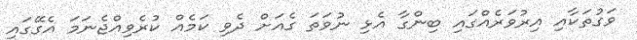
ވަގުތަކާއި އިރުވަރެއްގައި ބިންގާ އެޅި ނުވަތަ ގެއަށް ދެވި ކަމެއް ކުރެވިއްޖެނަމަ އެގޭގައި